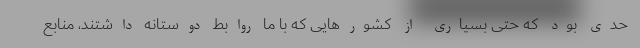
حدی بود که حتی بسیاری از کشورهایی که با ما روابط دوستانه داشتند، منابع